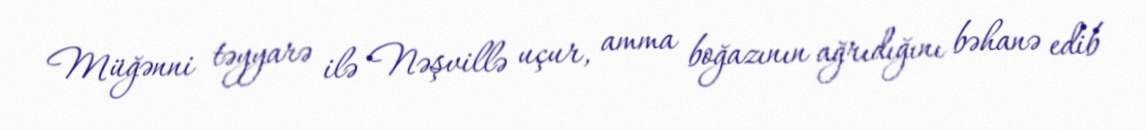
Müğənni təyyarə ilə Nəşvillə uçur, amma boğazının ağrıdığını bəhanə edib